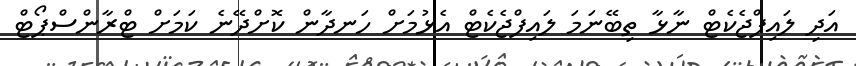
އަދި ލައިފްޖެކެޓް ނާޅާ ތިބޭނަމަ ލައިފްޖެކެޓް އެޅުމަށް ހަނދާން ކޮށްދޭނެ ކަމަށް ޓްރާންސްޕޯޓް